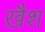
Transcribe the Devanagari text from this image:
ख़ैश